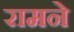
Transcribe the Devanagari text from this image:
रामने